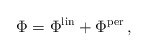
\begin{align*}\Phi = \Phi^{\rm lin} + \Phi^{\rm per} \, ,\end{align*}